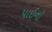
પાઈનો